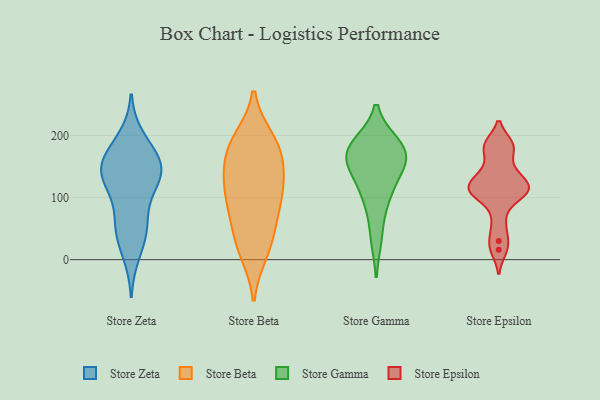
{"axis": {"x": "Inventory Turnover", "y": "Value"}, "legend": ["Store Beta", "Store Epsilon", "Store Gamma", "Store Zeta"], "data": [{"x": "", "y": 137, "type": "Store Zeta"}, {"x": "", "y": 50, "type": "Store Zeta"}, {"x": "", "y": 95, "type": "Store Zeta"}, {"x": "", "y": 177, "type": "Store Zeta"}, {"x": "", "y": 53, "type": "Store Zeta"}, {"x": "", "y": 158, "type": "Store Zeta"}, {"x": "", "y": 10, "type": "Store Zeta"}, {"x": "", "y": 135, "type": "Store Zeta"}, {"x": "", "y": 196, "type": "Store Zeta"}, {"x": "", "y": 144, "type": "Store Zeta"}, {"x": "", "y": 140, "type": "Store Zeta"}, {"x": "", "y": 126, "type": "Store Zeta"}, {"x": "", "y": 47, "type": "Store Zeta"}, {"x": "", "y": 160, "type": "Store Zeta"}, {"x": "", "y": 45, "type": "Store Beta"}, {"x": "", "y": 185, "type": "Store Beta"}, {"x": "", "y": 15, "type": "Store Beta"}, {"x": "", "y": 11, "type": "Store Beta"}, {"x": "", "y": 113, "type": "Store Beta"}, {"x": "", "y": 193, "type": "Store Beta"}, {"x": "", "y": 134, "type": "Store Beta"}, {"x": "", "y": 88, "type": "Store Beta"}, {"x": "", "y": 93, "type": "Store Beta"}, {"x": "", "y": 194, "type": "Store Beta"}, {"x": "", "y": 50, "type": "Store Beta"}, {"x": "", "y": 166, "type": "Store Beta"}, {"x": "", "y": 137, "type": "Store Beta"}, {"x": "", "y": 102, "type": "Store Beta"}, {"x": "", "y": 162, "type": "Store Beta"}, {"x": "", "y": 182, "type": "Store Gamma"}, {"x": "", "y": 142, "type": "Store Gamma"}, {"x": "", "y": 180, "type": "Store Gamma"}, {"x": "", "y": 170, "type": "Store Gamma"}, {"x": "", "y": 98, "type": "Store Gamma"}, {"x": "", "y": 185, "type": "Store Gamma"}, {"x": "", "y": 154, "type": "Store Gamma"}, {"x": "", "y": 105, "type": "Store Gamma"}, {"x": "", "y": 159, "type": "Store Gamma"}, {"x": "", "y": 36, "type": "Store Gamma"}, {"x": "", "y": 145, "type": "Store Epsilon"}, {"x": "", "y": 61, "type": "Store Epsilon"}, {"x": "", "y": 114, "type": "Store Epsilon"}, {"x": "", "y": 30, "type": "Store Epsilon"}, {"x": "", "y": 16, "type": "Store Epsilon"}, {"x": "", "y": 184, "type": "Store Epsilon"}, {"x": "", "y": 119, "type": "Store Epsilon"}, {"x": "", "y": 114, "type": "Store Epsilon"}, {"x": "", "y": 137, "type": "Store Epsilon"}, {"x": "", "y": 180, "type": "Store Epsilon"}, {"x": "", "y": 103, "type": "Store Epsilon"}, {"x": "", "y": 117, "type": "Store Epsilon"}, {"x": "", "y": 105, "type": "Store Epsilon"}, {"x": "", "y": 184, "type": "Store Epsilon"}]}